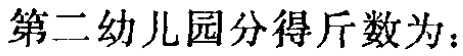
第二幼儿园分得斤数为：